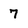
Character: 7